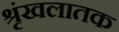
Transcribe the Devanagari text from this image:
श्रृंखलातक